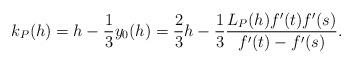
LaTeX: \begin{align*}k_P(h)=h-\frac{1}{3}y_0(h)=\frac{2}{3}h-\frac{1}{3}\frac{L_P(h)f'(t)f'(s)}{ f'(t)-f'(s)}. \end{align*}